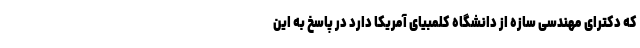
که دکترای مهندسی سازه از دانشگاه کلمبیای آمریکا دارد در پاسخ به این